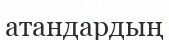
атандардың